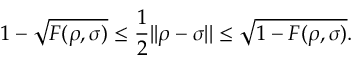
1 - { \sqrt { F ( \rho , \sigma ) } } \leq { \frac { 1 } { 2 } } | | \rho - \sigma | | \leq { \sqrt { 1 - F ( \rho , \sigma ) } } .